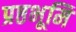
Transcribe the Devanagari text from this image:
प्रष्ठभूमि